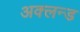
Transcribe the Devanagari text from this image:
अक्लन्ड